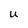
Character: U